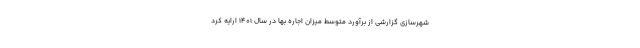
شهرسازی گزارشی از برآورد متوسط میزان اجاره بها در سال ۱۴۰۱ ارایه کرد